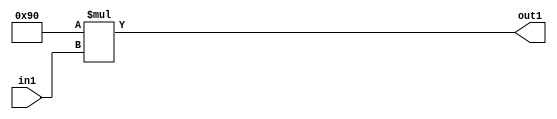
`timescale 1ps / 1ps
/*****************************************************************************
    Verilog RTL Description
    
    
    Created by: Stratus DpOpt 2019.1.01 
*******************************************************************************/

module ColorTransform_Mul2i144u8_4 (
	in1,
	out1
	); /* architecture "behavioural" */ 
input [7:0] in1;
output [15:0] out1;
wire [15:0] asc001;

assign asc001 = 
	+(16'B0000000010010000 * in1);

assign out1 = asc001;
endmodule

/* CADENCE  ubH4Qws= : u9/ySgnWtBlWxVPRXgAZ4Og= ** DO NOT EDIT THIS LINE ******/